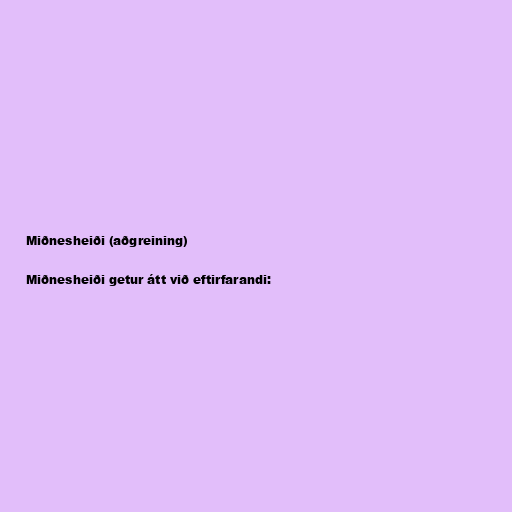
Miðnesheiði (aðgreining)

Miðnesheiði getur átt við eftirfarandi: